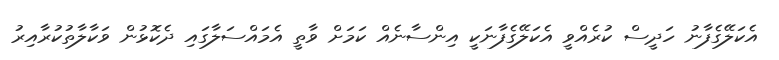
އެކަލޭގެފާނު ހަދީސް ކުރެއްވީ އެކަލޭގެފާނަކީ އިންސާނެއް ކަމަށް ވާތީ އެމައްސަލާގައި ދެކޮޅުން ވަކާލާތުކުރާއިރު